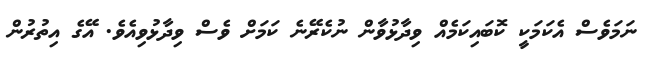
ނަމަވެސް އެކަމަކީ ކޮބައިކަމެއް ވިދާޅުވާން ނުކެރޭނެ ކަމަށް ވެސް ވިދާޅުވިއެވެ. އޭގެ އިތުރުން